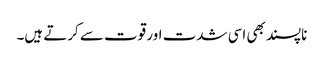
ناپسند بھی اسی شدت اور قوت سے کرتے ہیں۔